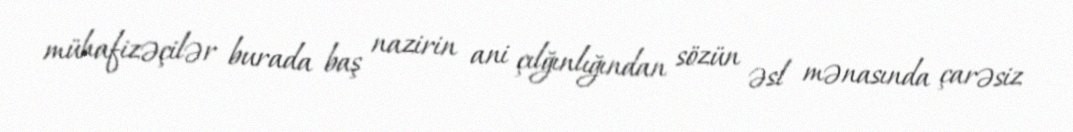
mühafizəçilər burada baş nazirin ani çılğınlığından sözün əsl mənasında çarəsiz